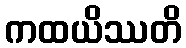
ကထယိဿတိ